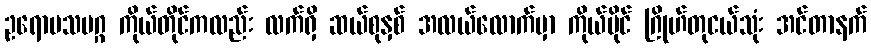
ဥရောပသမဂ္ဂ ကိုယ်တိုင်ကလည်း လက်ရှိ ဆယ်စုနှစ် အလယ်လောက်မှာ ကိုယ်ပိုင် ဂြိုဟ်တုငယ်သုံး အင်တာနက်